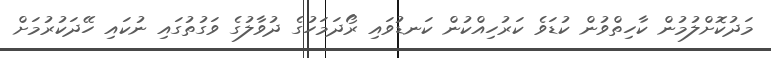
މަދުކޮށްލުމުން ކާހިތްވުން ކުޑަވެ ކަރުހިއްކުން ކަނޑުވައި ރޯދަމަހުގެ ދުވާލުގެ ވަގުތުގައި ނުކައި ހޭދަކުރުމަށް